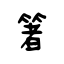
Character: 箸